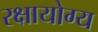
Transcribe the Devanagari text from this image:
रक्षायोग्य